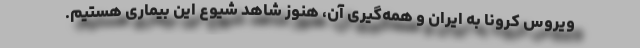
ویروس کرونا به ایران و همه‌گیری آن، هنوز شاهد شیوع این بیماری هستیم.